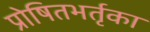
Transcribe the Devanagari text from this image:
प्रोषितभर्तृका